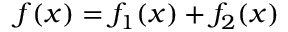
f ( x ) = f _ { 1 } ( x ) + f _ { 2 } ( x )